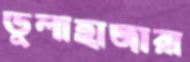
ডুলাহাজারা